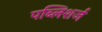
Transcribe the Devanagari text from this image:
पब्लिशर्ज